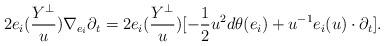
LaTeX: \begin{align*}2e_i(\frac{Y^{\perp}}{u})\nabla_{e_i}\partial_t=2e_i(\frac{Y^{\perp}}{u})[-\frac{1}{2}u^2d\theta(e_i)+u^{-1}e_i(u)\cdot\partial_t].\end{align*}